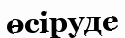
өсіруде